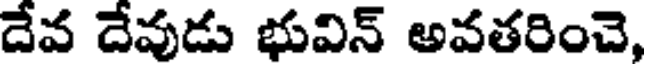
దేవ దేవుడు భువిన్ అవతరించె,